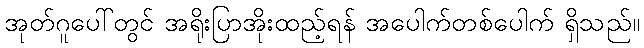
အုတ်ဂူပေါ်တွင် အရိုးပြာအိုးထည့်ရန် အပေါက်တစ်ပေါက် ရှိသည်။